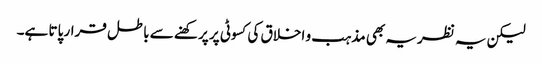
لیکن یہ نظریہ بھی مذہب و اخلاق کی کسوٹی پر پرکھنے سے باطل قرار پاتا ہے۔